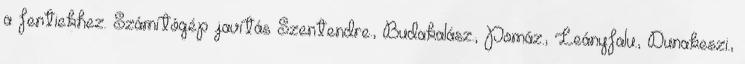
a fentiekhez. Számítógép javítás Szentendre., Budakalász., Pomáz., Leányfalu., Dunakeszi.,